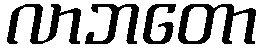
လာဘတော